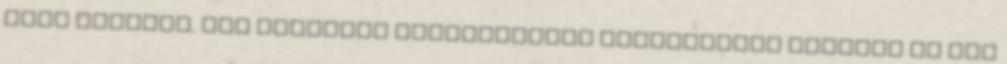
első lehajtó. Egy fideszes polgármester értelmezése szerint ez azt